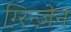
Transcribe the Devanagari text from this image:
ग़्रिन्ज़ेन